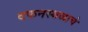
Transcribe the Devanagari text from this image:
दफनस्थळाचे